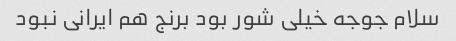
سلام جوجه خیلی شور بود برنج هم ایرانی نبود